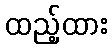
ထည့်ထား